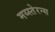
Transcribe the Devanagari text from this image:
मय्स्तेरन्स